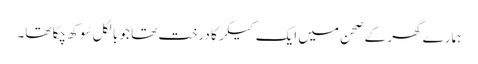
ہمارے گھر کے صحن میں ایک کیکر کا درخت تھا جو بالکل سُوکھ چکا تھا۔